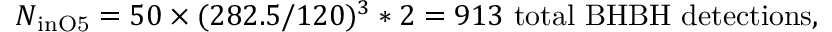
N _ { \mathrm { { i n O 5 } } } = 5 0 \times ( 2 8 2 . 5 / 1 2 0 ) ^ { 3 } * 2 = 9 1 3 \mathrm { { \ t o t a l \ B H B H \ d e t e c t i o n s } , }